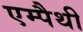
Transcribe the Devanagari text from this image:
एम्पैथी